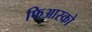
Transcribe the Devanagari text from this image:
फिआस्को